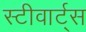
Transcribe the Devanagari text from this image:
स्टीवार्ट्स